Civil Veterinary Department. Central Provinces & Berar 1925-31 - 1925-1931
Year: 1925
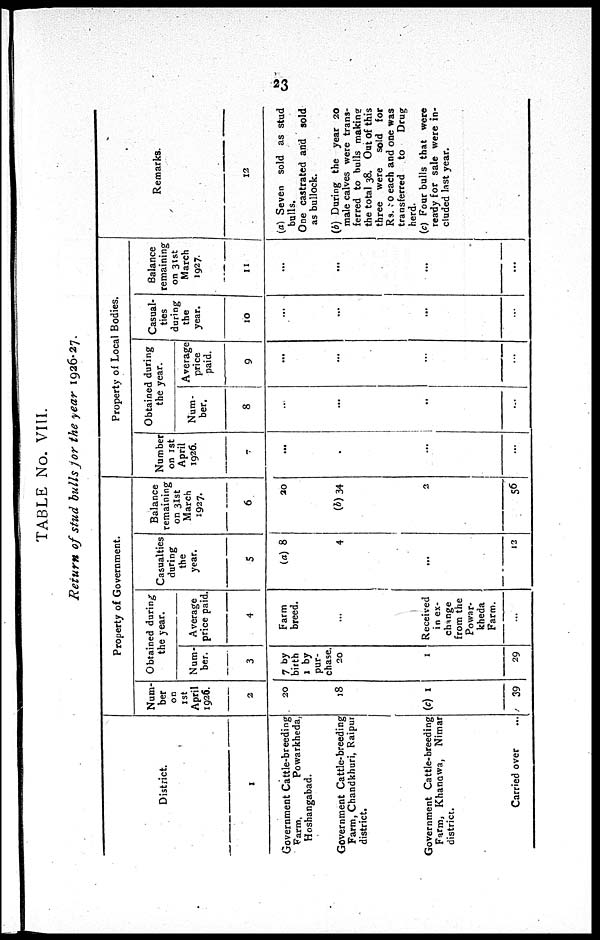
23
TABLE No. VIII.
Return of stud bulls for the year 1926-27.
District.
1
Government Cattle-breeding
Farm,
Powarkheda,
Hoshangabad.
Government Cattle-breeding
Farm, Chandkhuri, Raipur
district.
Government Cattle-breeding
Farm, Khanawa, Nimar
district.
Carried over ...
Property of Government.
Num-
ber
on
1st
April
1926.
2
20
18
(c) 1
39
Obtained during
the year.
Num-
ber.
3
7 by
birth
1 by
pur-
chase. 20
1
29
Average
price paid.
4
Farm
breed.
...
Received
in ex-
change
from the
Powar-
kheda
Farm.
...
Casualties
during
the
year.
5
(a) 8
4
...
12
Balance
remaining
on 31st
March
1927.
6
20
(b)34
2
56
Property of Local Bodies.
Number
on 1st
April
1926.
7
...
...
...
Obtained during
the year.
Num-
ber.
8
...
...
..
...
Average
price
paid.
9
...
...
...
...
Casual-
ties
during
the
year.
10
...
...
...
...
Balance
remaining
on 31st
March
1927.
11
...
...
...
...
Remarks.
12
(a) Seven sold as stud
bulls.
One castrated and sold
as bullock.
(6) During the year 20
male calves were trans-
ferred to bulls making
the total 38. Out of this
three were sold for
Rs. to each and one was
transferred to
Drug
herd.
(c) Four bulls that were
ready for sale were in-
cluded last year.